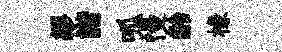
繆諧呱慢齡椽